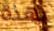
بهذة